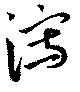
瀉